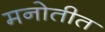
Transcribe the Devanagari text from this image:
मनोतीत